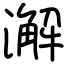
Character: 澥